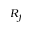
R _ { f }